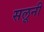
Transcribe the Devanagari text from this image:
सलूनी